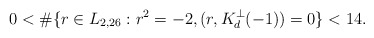
\begin{align*}0 < \#\{r \in L_{2,26} : r^2 = -2, (r,K_d^\perp(-1)) = 0\} < 14.\end{align*}